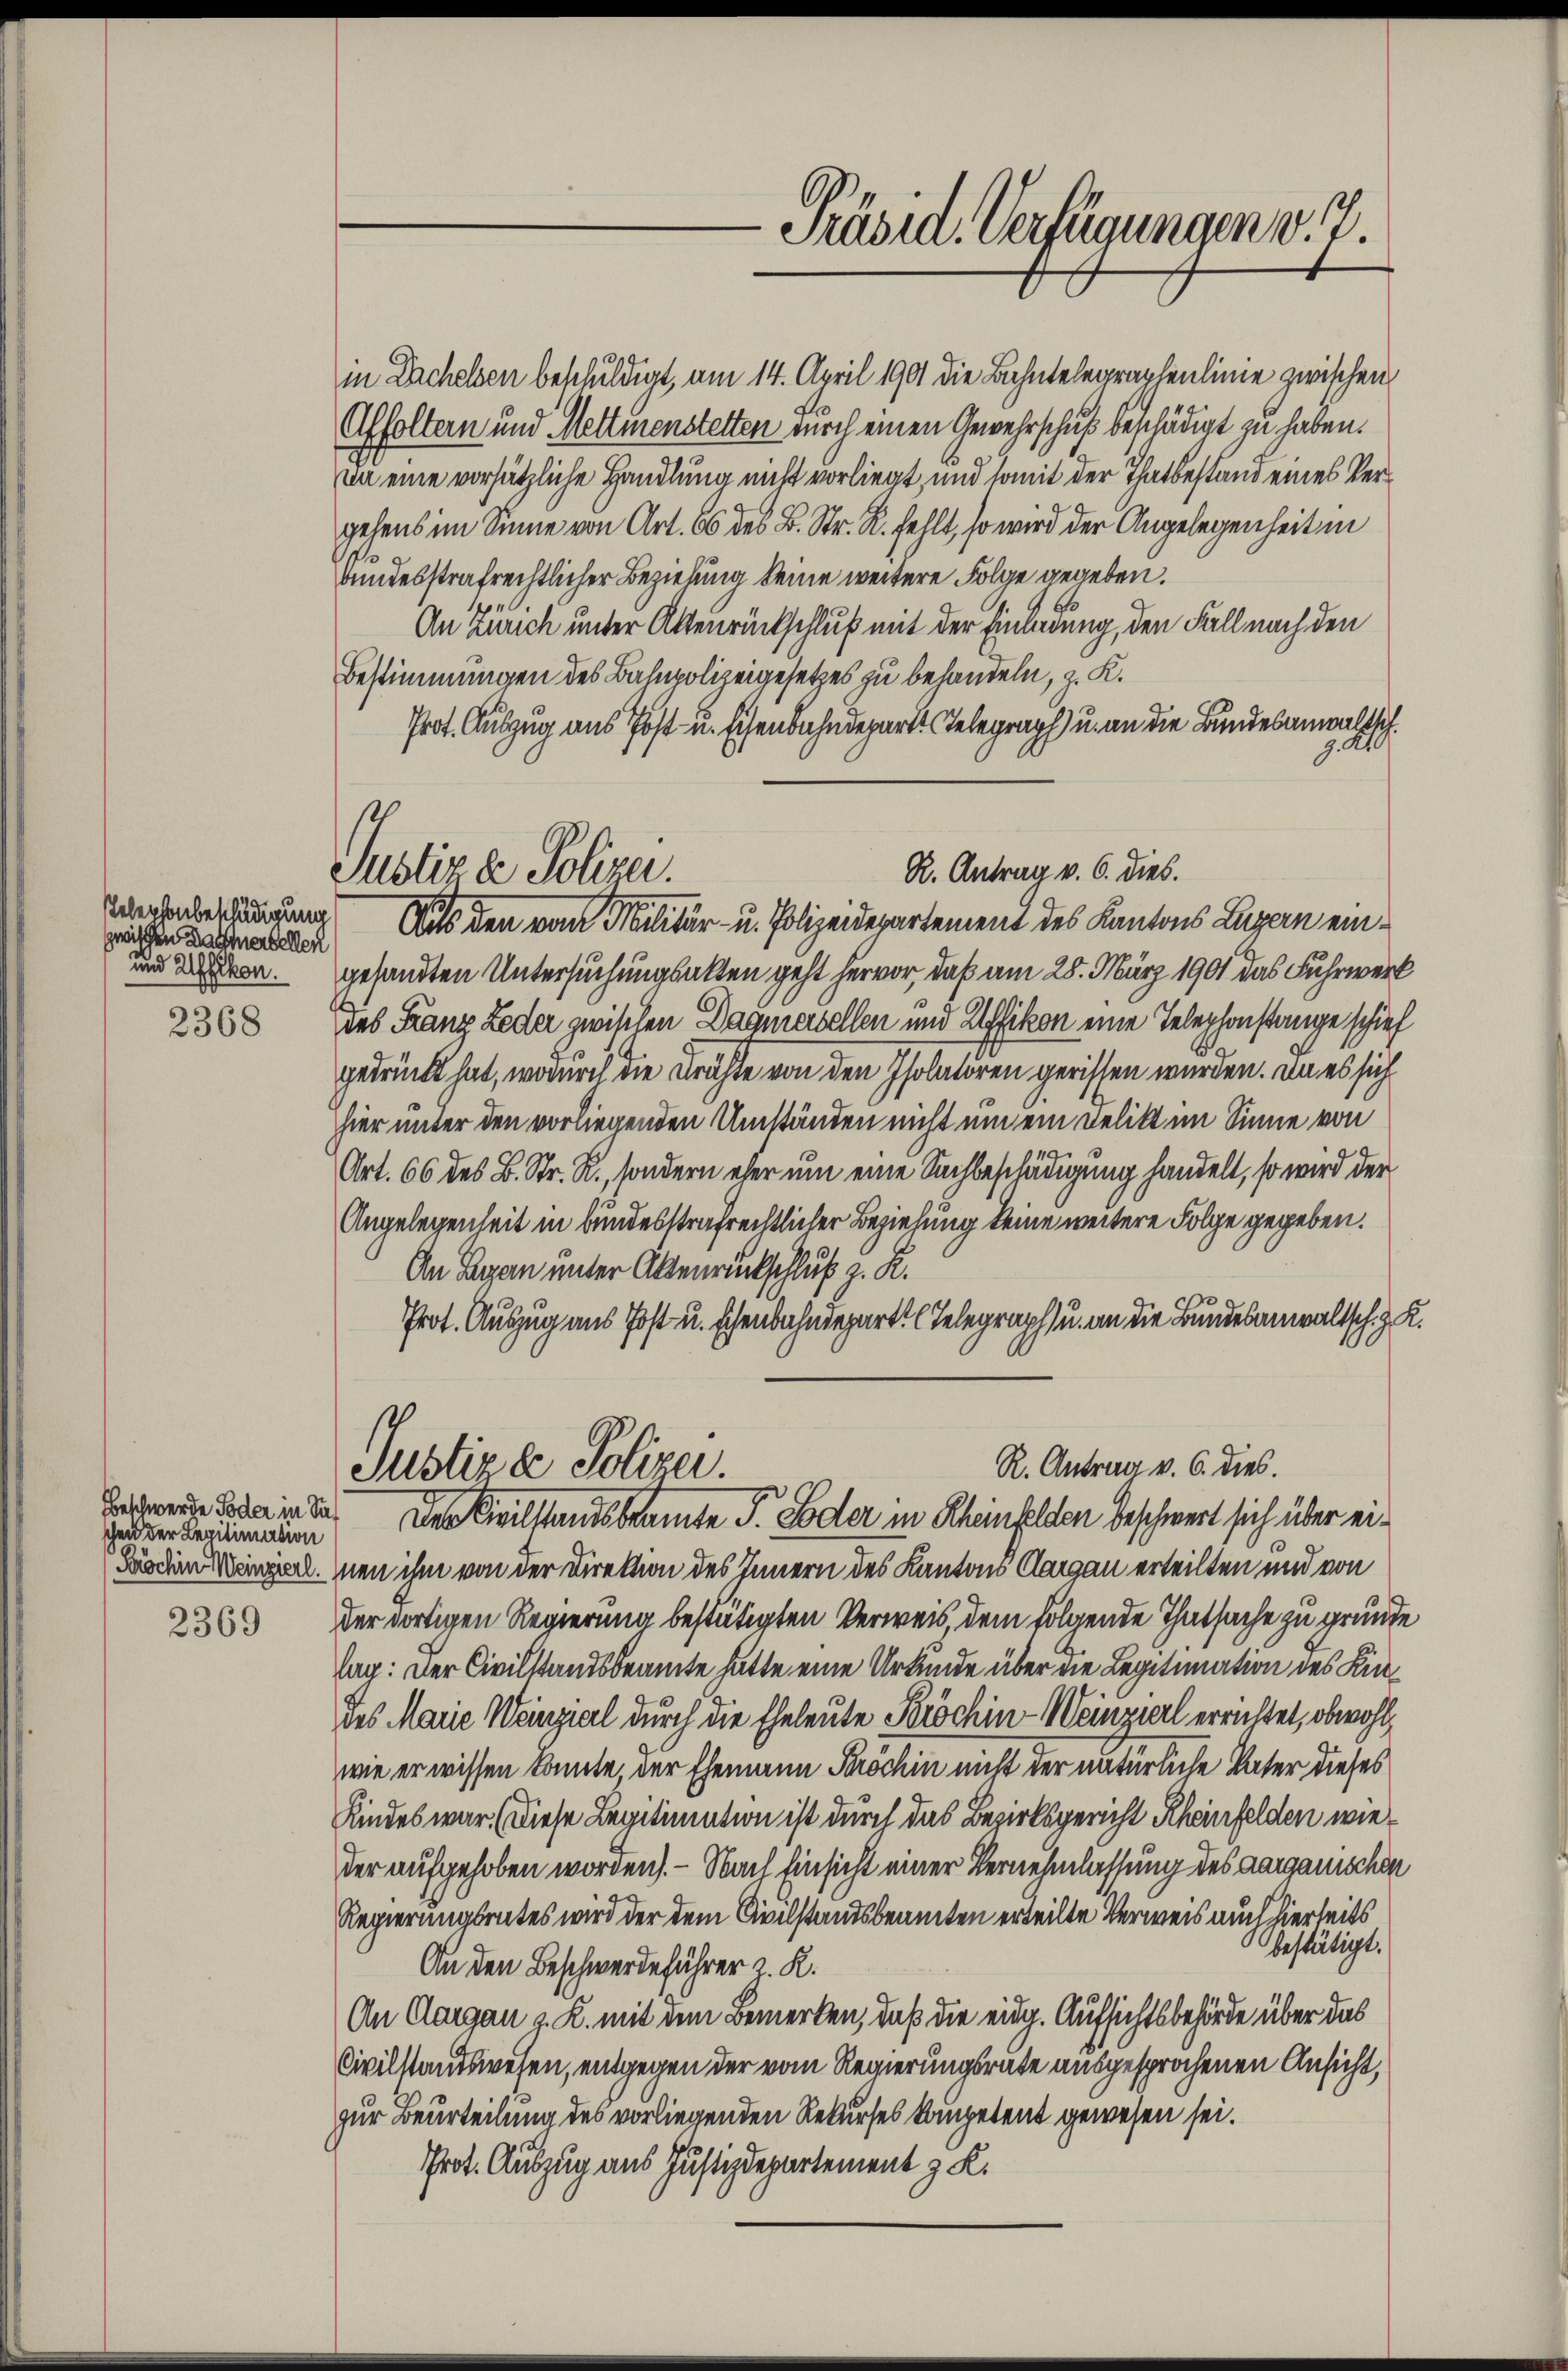
zwischen Daumerbellen
und Affikon.

2368

2369

schen der Legitimation

Justiz & Polizei.

Präsid. Verfügungen v. J.

in Dachelsen beschuldigt, am 14. April 1901 die Bahntelegraphenlinie zwischen
Affoltern und Mettmenstetten durch einen Gewehrschuß beschädigt zu haben.
in eine vorsätzliche Handlung nicht vorliegt, und somit der Thatbestand eines Vergehens im Sinne von Art. 66 des B. Str. R. fehlt, so wird der Angelegenheit in
t
bundesstrafrechtlicher Beziehung keine weitere Folge gegeben.
An Zürich unter Altenrückschluß mit der Einladung, den Fall nach den
Bestimmungen des Bahnpolizeigesetzes zu behandeln, z. K.
Prot. Auszug aus Post- u. Eisenbahndepart Telegraph u. an die Bundesanwaltsch
270
Wochenbergung Aus den von Militär- u. Polizeidepartement des Kantons Luzern eingesandten Untersuchungsalten geht hervor, daß am 28. März 1901 das Fuhrwert
Das Franz Leder zwischen Dagmersellen und Affikon eine Telephonstange schief
gedrückt hat, wodurch die Kräfte von den Isolatoren gerissen wurden. Da es sich
hier unter den vorliegenden Umständen nicht um ein Delikt im Sinne von
Art. 66 des B. Str. R., sondern eher um eine Sachbeschädigung handelt, so wird der
Angelegenheit in bundesstrafrechtlicher Beziehung keine weitere Folge gegeben.
An Tagen unter Aktenrückschluß z. R.
Prot. Auszug aus Post u. schenbahndeparte Telegraph u. an die Bundesanwaltsch. Z
R. Antrag v. 6. dies.
Justizde Polizei.
Bedenen Tode in da. Der Civilstandsbeamte I. Soder in Rheinfelden beschwert sich über ei¬
Förden einzelnen ihm von der Direktion des Innern des Kantons Aargau erteilten und von
der dortigen Regierung bestätigten Verweis, dem folgende Thatsache zu gründe
Tag: Der Civilstandsbeamte hätte eine Urkunde über die Legitimation des Kindes Marie Weinzierl durch die Eheleute Fröchin-Weinzierl errichtet, obwohl,
wie er wissen könnte, der Ehemann Pöchin nicht der natürliche Vater dieses
Kindes war. (Diese Legitimation ist durch das Bezirksgericht Rheinfelden wie
der aufgehoben worden. - Nach Einsicht einer Vernehmlassung des aargauischen
Regierungsrates wird der dem Civilstandsbeamten erteilte Verweis auch hierseits
bestätigt.
An den Beschwerdeführer z. R.
An Aargau v. R. mit dem Bemerken, daß die eidg. Aufsichtsbehörde über das
Civilstandswesen, entgegen der vom Regierungsräte ausgesprochenen Ansicht,
zur Beurteilung des vorliegenden Rekurses kompetent gewesen sei.
Prot. Auszug aus Justizdepartement z. R.

R. Antrag v. 6. dies.